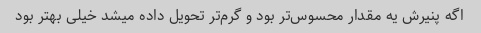
اگه پنیرش یه مقدار محسوس‌تر بود و گرم‌تر تحویل داده میشد خیلی بهتر بود